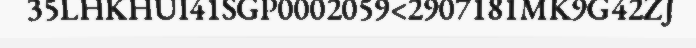
35LHKHUI41SGP0002059<2907181MK9G42ZJ